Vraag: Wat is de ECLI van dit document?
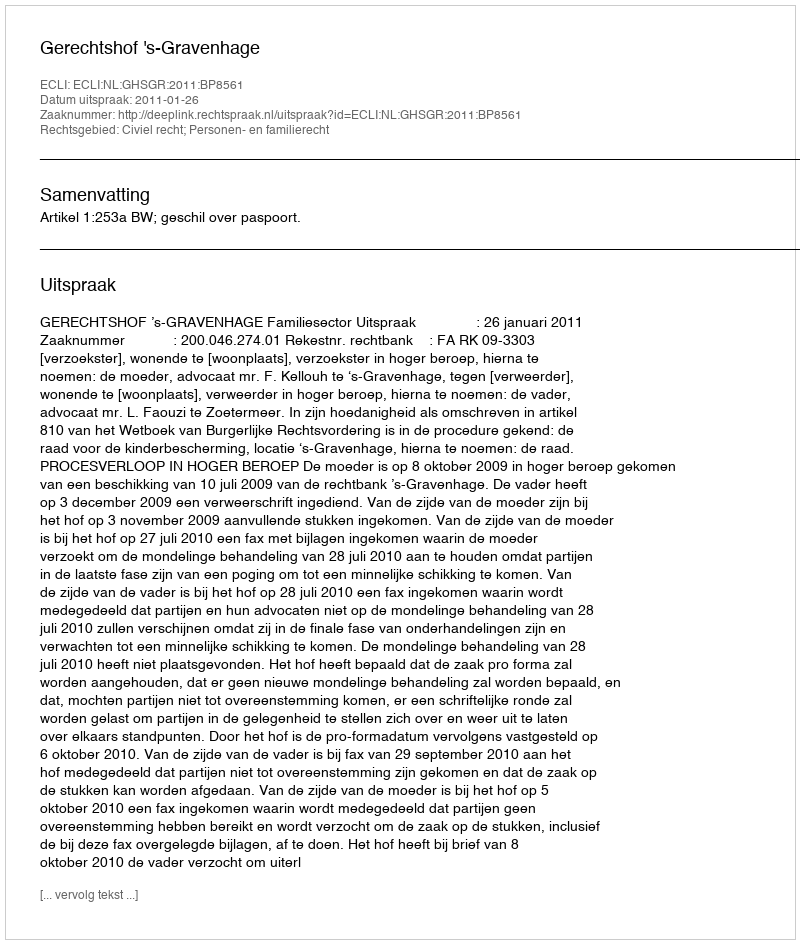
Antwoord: ECLI:NL:GHSGR:2011:BP8561